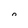
Character: 0